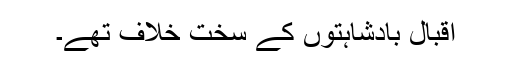
اقبال بادشاہتوں کے سخت خلاف تھے۔